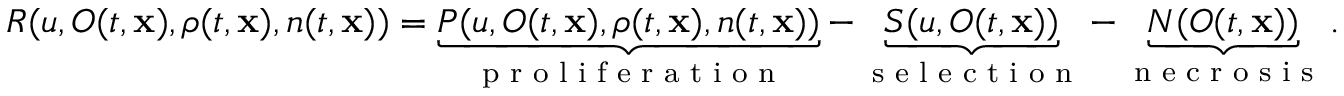
R ( u , O ( t , \mathbf { x } ) , \rho ( t , \mathbf { x } ) , n ( t , \mathbf { x } ) ) = \underbrace { P ( u , O ( t , \mathbf { x } ) , \rho ( t , \mathbf { x } ) , n ( t , \mathbf { x } ) ) } _ { \textup { p r o l i f e r a t i o n } } - \underbrace { S ( u , O ( t , \mathbf { x } ) ) } _ { \textup { s e l e c t i o n } } - \underbrace { N ( O ( t , \mathbf { x } ) ) } _ { \textup { n e c r o s i s } } .